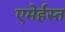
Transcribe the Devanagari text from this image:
एमेर्हस्त